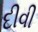
દીવી